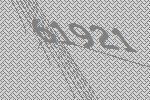
61921